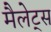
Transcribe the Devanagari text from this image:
मैलेट्स